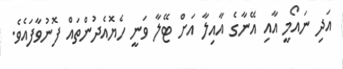
އަދި ނައޯމީ އާއި އޭނާގެ އާއިލާ އަށް ޓޭލާ ވަނީ ހެޔޮއެދުންތައް ފޮނުވާފައެވެ.